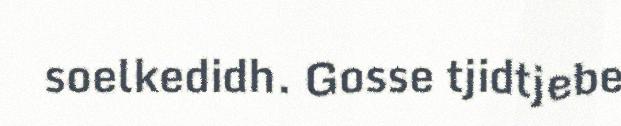
soelkedidh. Gosse tjidtjebe